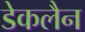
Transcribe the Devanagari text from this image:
डेकलैन